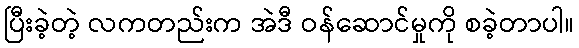
ပြီးခဲ့တဲ့ လကတည်းက အဲဒီ ဝန်ဆောင်မှုကို စခဲ့တာပါ။